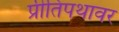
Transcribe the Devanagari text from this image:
प्रीतिपथावर